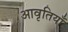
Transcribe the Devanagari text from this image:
आवृतियाँ